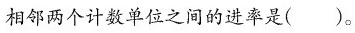
相邻两个计数单位之间的进率是( )。